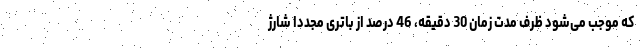
که موجب می‌شود ظرف مدت زمان 30 دقیقه، 46 درصد از باتری مجددا شارژ